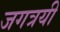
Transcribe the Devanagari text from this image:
जगत्रयी